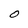
Character: O